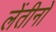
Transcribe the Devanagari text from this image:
लेंतीनो